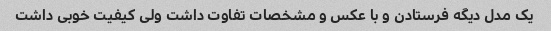
یک مدل دیگه فرستادن و با عکس و مشخصات تفاوت داشت ولی کیفیت خوبی داشت